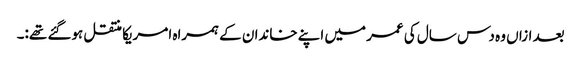
بعد ازاں وہ دس سال کی عمر میں اپنے خاندان کے ہمراہ امریکا منتقل ہوگئے تھے:۔